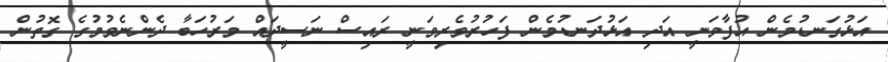
އަޅުގަނޑުމެން އުފާވަނީ އަދި އަޅުދަނޑުމެން ފަހުރުވެރިވަނީ ރައިސް ނަސީދައް މަރުހަބާ ދެންނެވުމުގެ ގޮތުން